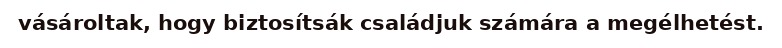
vásároltak, hogy biztosítsák családjuk számára a megélhetést.